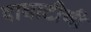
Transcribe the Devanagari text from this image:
वाघाटीची